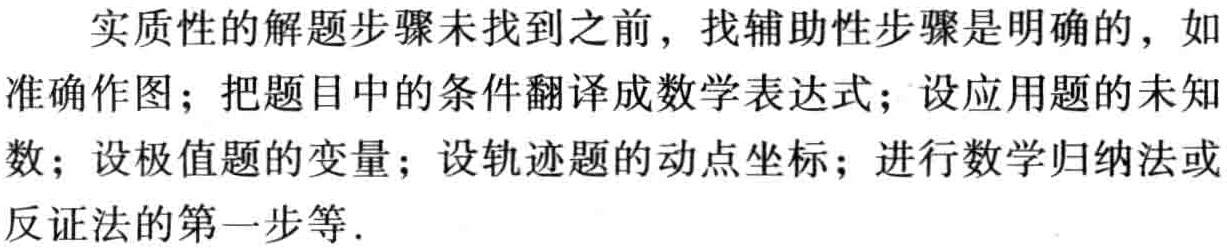
实质性的解题步骤未找到之前，找辅助性步骤是明确的，如准确作图；把题目中的条件翻译成数学表达式；设应用题的未知数；设极值题的变量；设轨迹题的动点坐标；进行数学归纳法或反证法的第一步等.